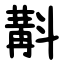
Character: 斠